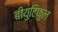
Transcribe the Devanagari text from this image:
बीयुटिफुल